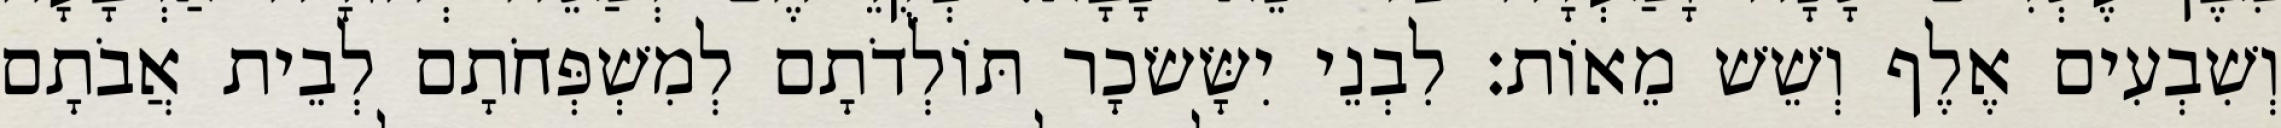
וְשִׁבְעִים אֶלֶף וְשֵׁשׁ מֵאוֹת׃ לִבְנֵי יִשָּׂשׂכָר תּוֹלְדֹתָם לְמִשְׁפְּחֹתָם לְבֵית אֲבֹתָם